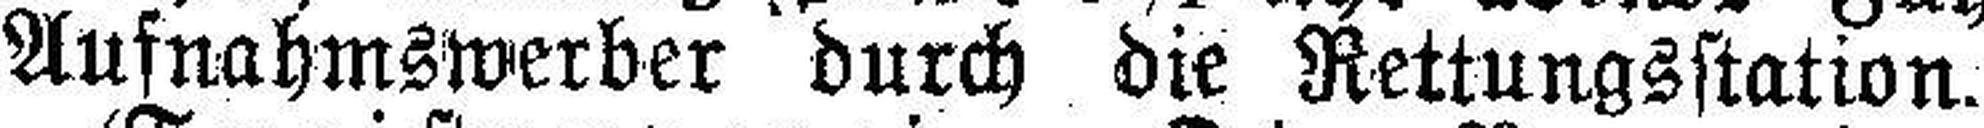
Aufnahmswerber durch die Rettungsstation.